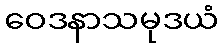
ဝေဒနာသမုဒယံ